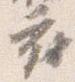
府